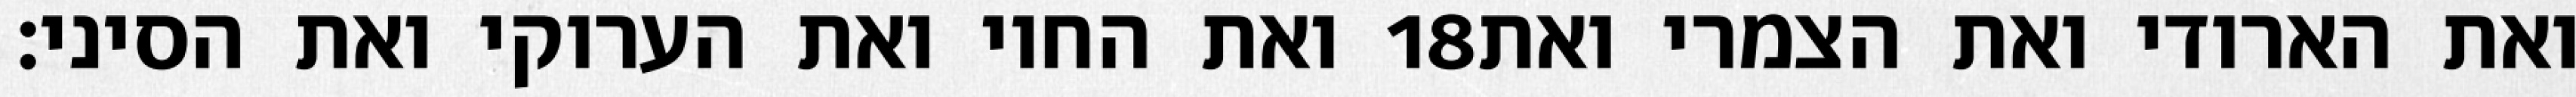
ואת החוי ואת הערוקי ואת הסיני׃ ‎18‏ ואת הארודי ואת הצמרי ואת